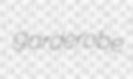
garderobe